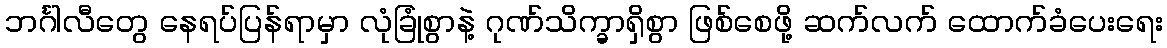
ဘင်္ဂါလီတွေ နေရပ်ပြန်ရာမှာ လုံခြုံစွာနဲ့ ဂုဏ်သိက္ခာရှိစွာ ဖြစ်စေဖို့ ဆက်လက် ထောက်ခံပေးရေး